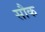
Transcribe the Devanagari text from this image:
सौक